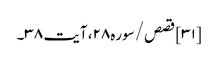
[۳۱] قصص/سوره۲۸، آیت ۳۸۔